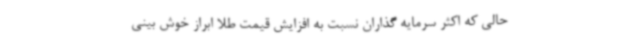
حالی که اکثر سرمایه گذاران نسبت به افزایش قیمت طلا ابراز خوش بینی